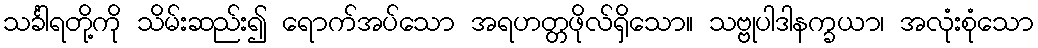
သင်္ခါရတို့ကို သိမ်းဆည်း၍ ရောက်အပ်သော အရဟတ္တဖိုလ်ရှိသော။ သဗ္ဗုပါဒါနက္ခယာ၊ အလုံးစုံသော